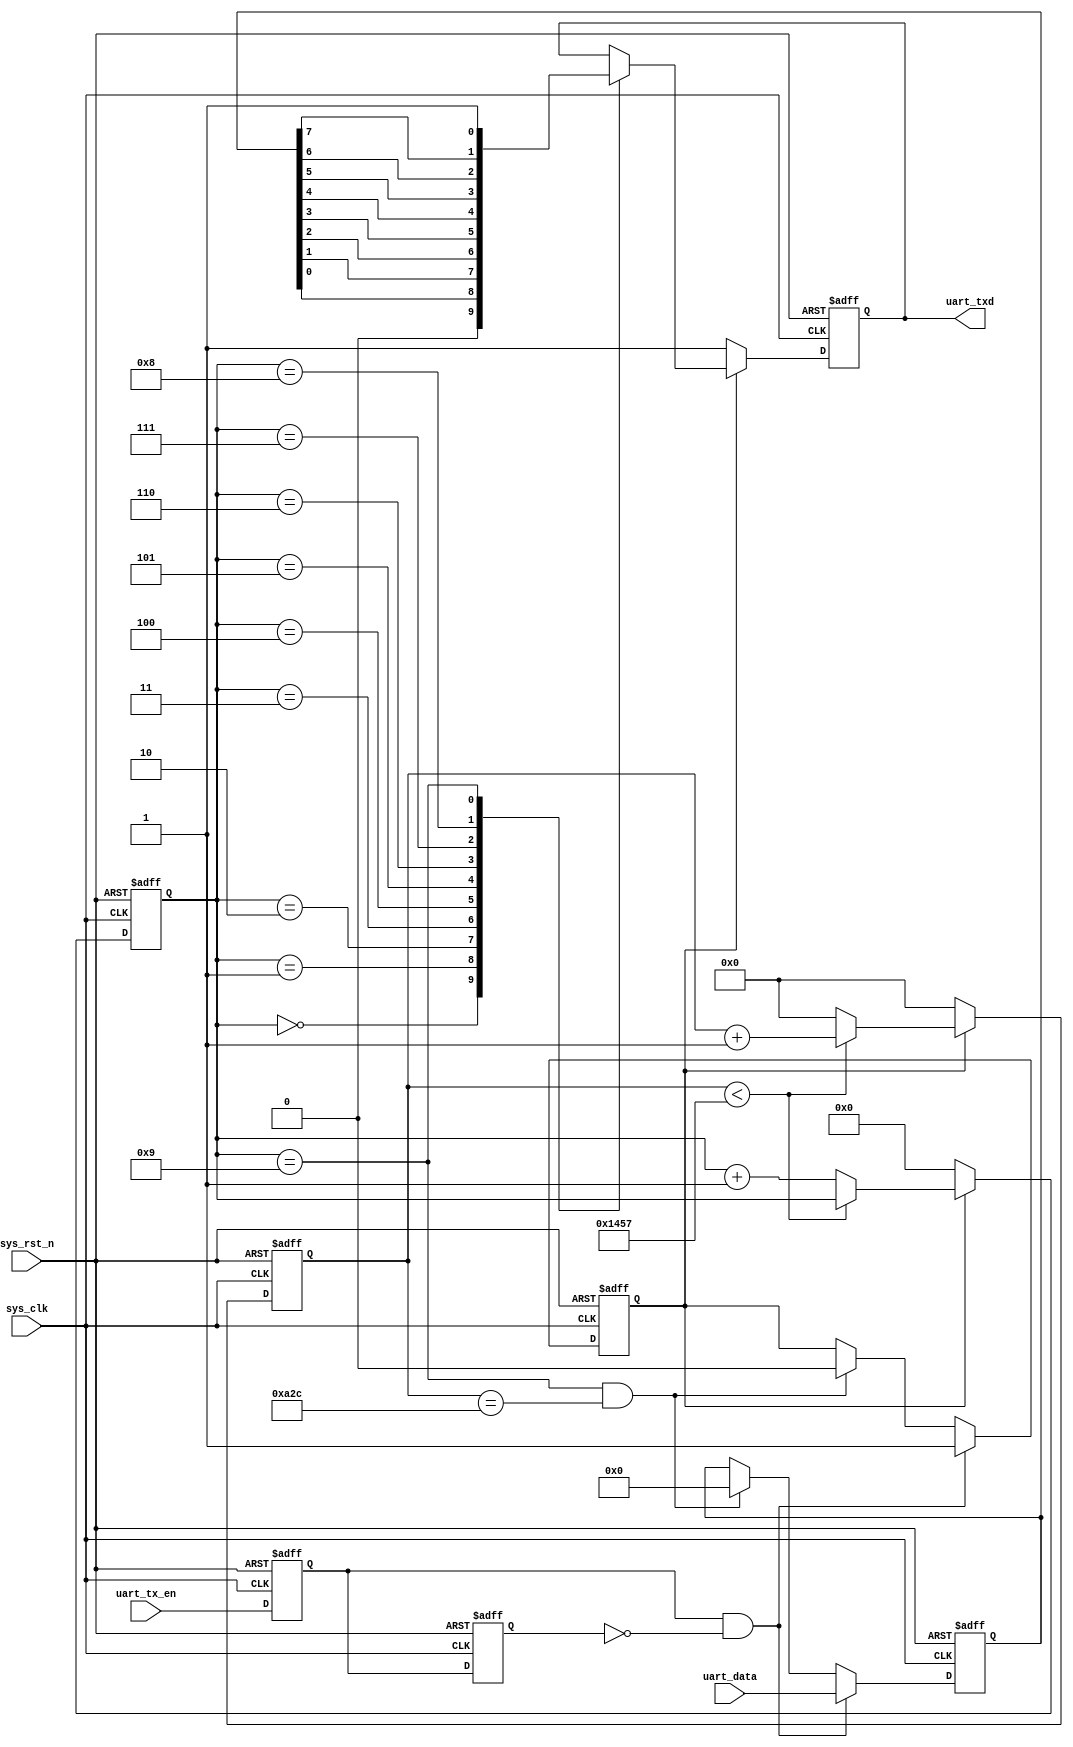
module usart_tx(

   input 			sys_clk,	//50M
	input 			sys_rst_n,	//
	input	[7:0] 	uart_data,	//8
	input			   uart_tx_en,	//
	output reg		uart_txd	//
 
);
 
parameter 	SYS_CLK_FRE=50_000_000;    //50M 
parameter 	BPS=9_600;                 //9600bps
localparam	BPS_CNT=SYS_CLK_FRE/BPS;   //
 
reg	uart_tx_en_d0;			//1
reg uart_tx_en_d1;			//2
reg tx_flag;				//
reg [7:0]  uart_data_reg;	//
reg [15:0] clk_cnt;			//
reg [3:0]  tx_cnt;			//
 
wire pos_uart_en_txd;		//
//
assign pos_uart_en_txd= uart_tx_en_d0 && (~uart_tx_en_d1);
 
always @(posedge sys_clk or negedge sys_rst_n)begin
	if(!sys_rst_n)begin
		uart_tx_en_d0<=1'b0;
		uart_tx_en_d1<=1'b0;		
	end
	else begin
		uart_tx_en_d0<=uart_tx_en;
		uart_tx_en_d1<=uart_tx_en_d0;
	end	
end
//9
always @(posedge sys_clk or negedge sys_rst_n)begin
	if(!sys_rst_n)begin
		tx_flag<=1'b0;
		uart_data_reg<=8'd0;
	end
	else if(pos_uart_en_txd)begin
		uart_data_reg<=uart_data;
		tx_flag<=1'b1;
	end
	else if((tx_cnt==4'd9) && (clk_cnt==BPS_CNT/2))begin//9
		tx_flag<=1'b0;
		uart_data_reg<=8'd0;
	end
	else begin
		uart_data_reg<=uart_data_reg;
		tx_flag<=tx_flag;	
	end
end
//BPS_CNT1
always @(posedge sys_clk or negedge sys_rst_n)begin
	if(!sys_rst_n)begin
		clk_cnt<=16'd0;
		tx_cnt <=4'd0;
	end
	else if(tx_flag) begin
		if(clk_cnt<BPS_CNT-1)begin
			clk_cnt<=clk_cnt+1'b1;
			tx_cnt <=tx_cnt;
		end
		else begin
			clk_cnt<=16'd0;
			tx_cnt <=tx_cnt+1'b1;
		end
	end
	else begin
		clk_cnt<=16'd0;
		tx_cnt<=4'd0;
	end
end
//
always @(posedge sys_clk or negedge sys_rst_n)begin
	if(!sys_rst_n)
		uart_txd<=1'b1;
	else if(tx_flag)
		case(tx_cnt)
			4'd0:	uart_txd<=1'b0;
			4'd1:	uart_txd<=uart_data_reg[0];
			4'd2:	uart_txd<=uart_data_reg[1];
			4'd3:	uart_txd<=uart_data_reg[2];
			4'd4:	uart_txd<=uart_data_reg[3];
			4'd5:	uart_txd<=uart_data_reg[4];
			4'd6:	uart_txd<=uart_data_reg[5];
			4'd7:	uart_txd<=uart_data_reg[6];
			4'd8:	uart_txd<=uart_data_reg[7];
			4'd9:	uart_txd<=1'b1;
			default:;
		endcase
	else 	
		uart_txd<=1'b1;
end

endmodule